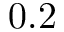
0 . 2